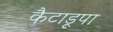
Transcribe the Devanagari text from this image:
कैटाडूपा